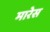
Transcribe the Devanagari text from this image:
मारेस